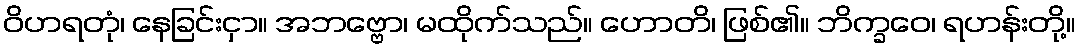
ဝိဟရတုံ၊ နေခြင်းငှာ။ အဘဗ္ဗော၊ မထိုက်သည်။ ဟောတိ၊ ဖြစ်၏။ ဘိက္ခဝေ၊ ရဟန်းတို့။